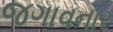
જગાવનાર